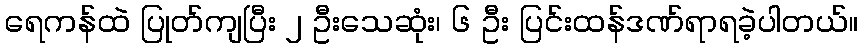
ရေကန်ထဲ ပြုတ်ကျပြီး ၂ ဦးသေဆုံး၊ ၆ ဦး ပြင်းထန်ဒဏ်ရာရခဲ့ပါတယ်။